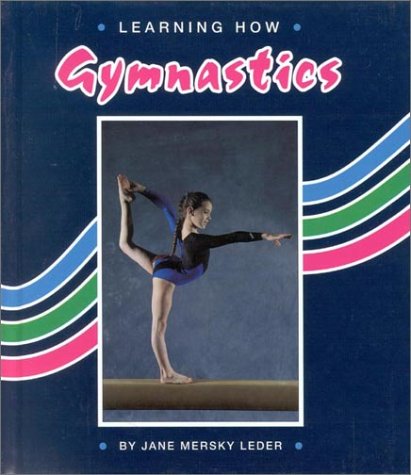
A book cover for Learning How Sports: Gymnastics; Jane Mersky Leder; Children's Books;